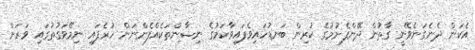
އެކަން ދެނެގަނެވޭނީ ގާތުން ދޭންފެށުމުގެ ކުރިން ބަނޑުހައިވެފައިވާކަމުގެ ނިޝާންތަކެއްފެންނަން ހުރެފައި ނިމޭވަގުތުގައި ވަރަށް